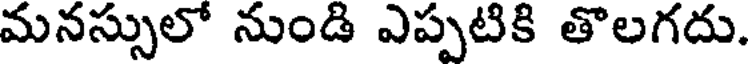
మనస్సులో నుండి ఎప్పటికి తొలగదు.